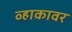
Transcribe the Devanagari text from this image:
व्हाकावर